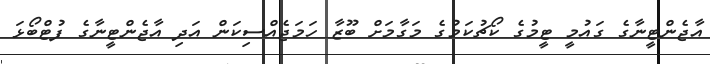
އާޖެންޓީނާގެ ގައުމީ ޓީމުގެ ކޯޗުކަމުގެ މަގާމަށް ބޫޒާ ހަމަޖެއްސިކަން އަދި އާޖެންޓީނާގެ ފުޓްބޯޅަ